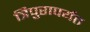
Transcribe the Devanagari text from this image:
त्रिपुरापर्यंत